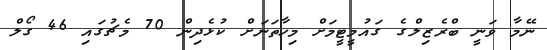
ނޭމާ ވަނީ ބްރެޒިލްގެ ގައުމީޓީމަށް މިހާތަނަށް ކުޅެދިން 70 މެޗުގައި 46 ގޯލް